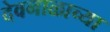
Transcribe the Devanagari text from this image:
देवनाळाच्या